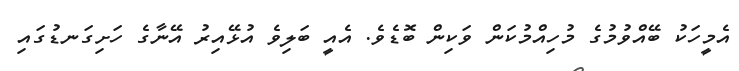
އެމީހަކު ބޭއްވުމުގެ މުހިއްމުކަން ވަކިން ބޮޑެވެ. އެއީ ބަލިވެ އުޅޭއިރު އޭނާގެ ހަށިގަނޑުގައި